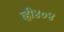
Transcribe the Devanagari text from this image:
व्ही४०४